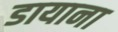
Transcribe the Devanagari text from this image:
डायाना